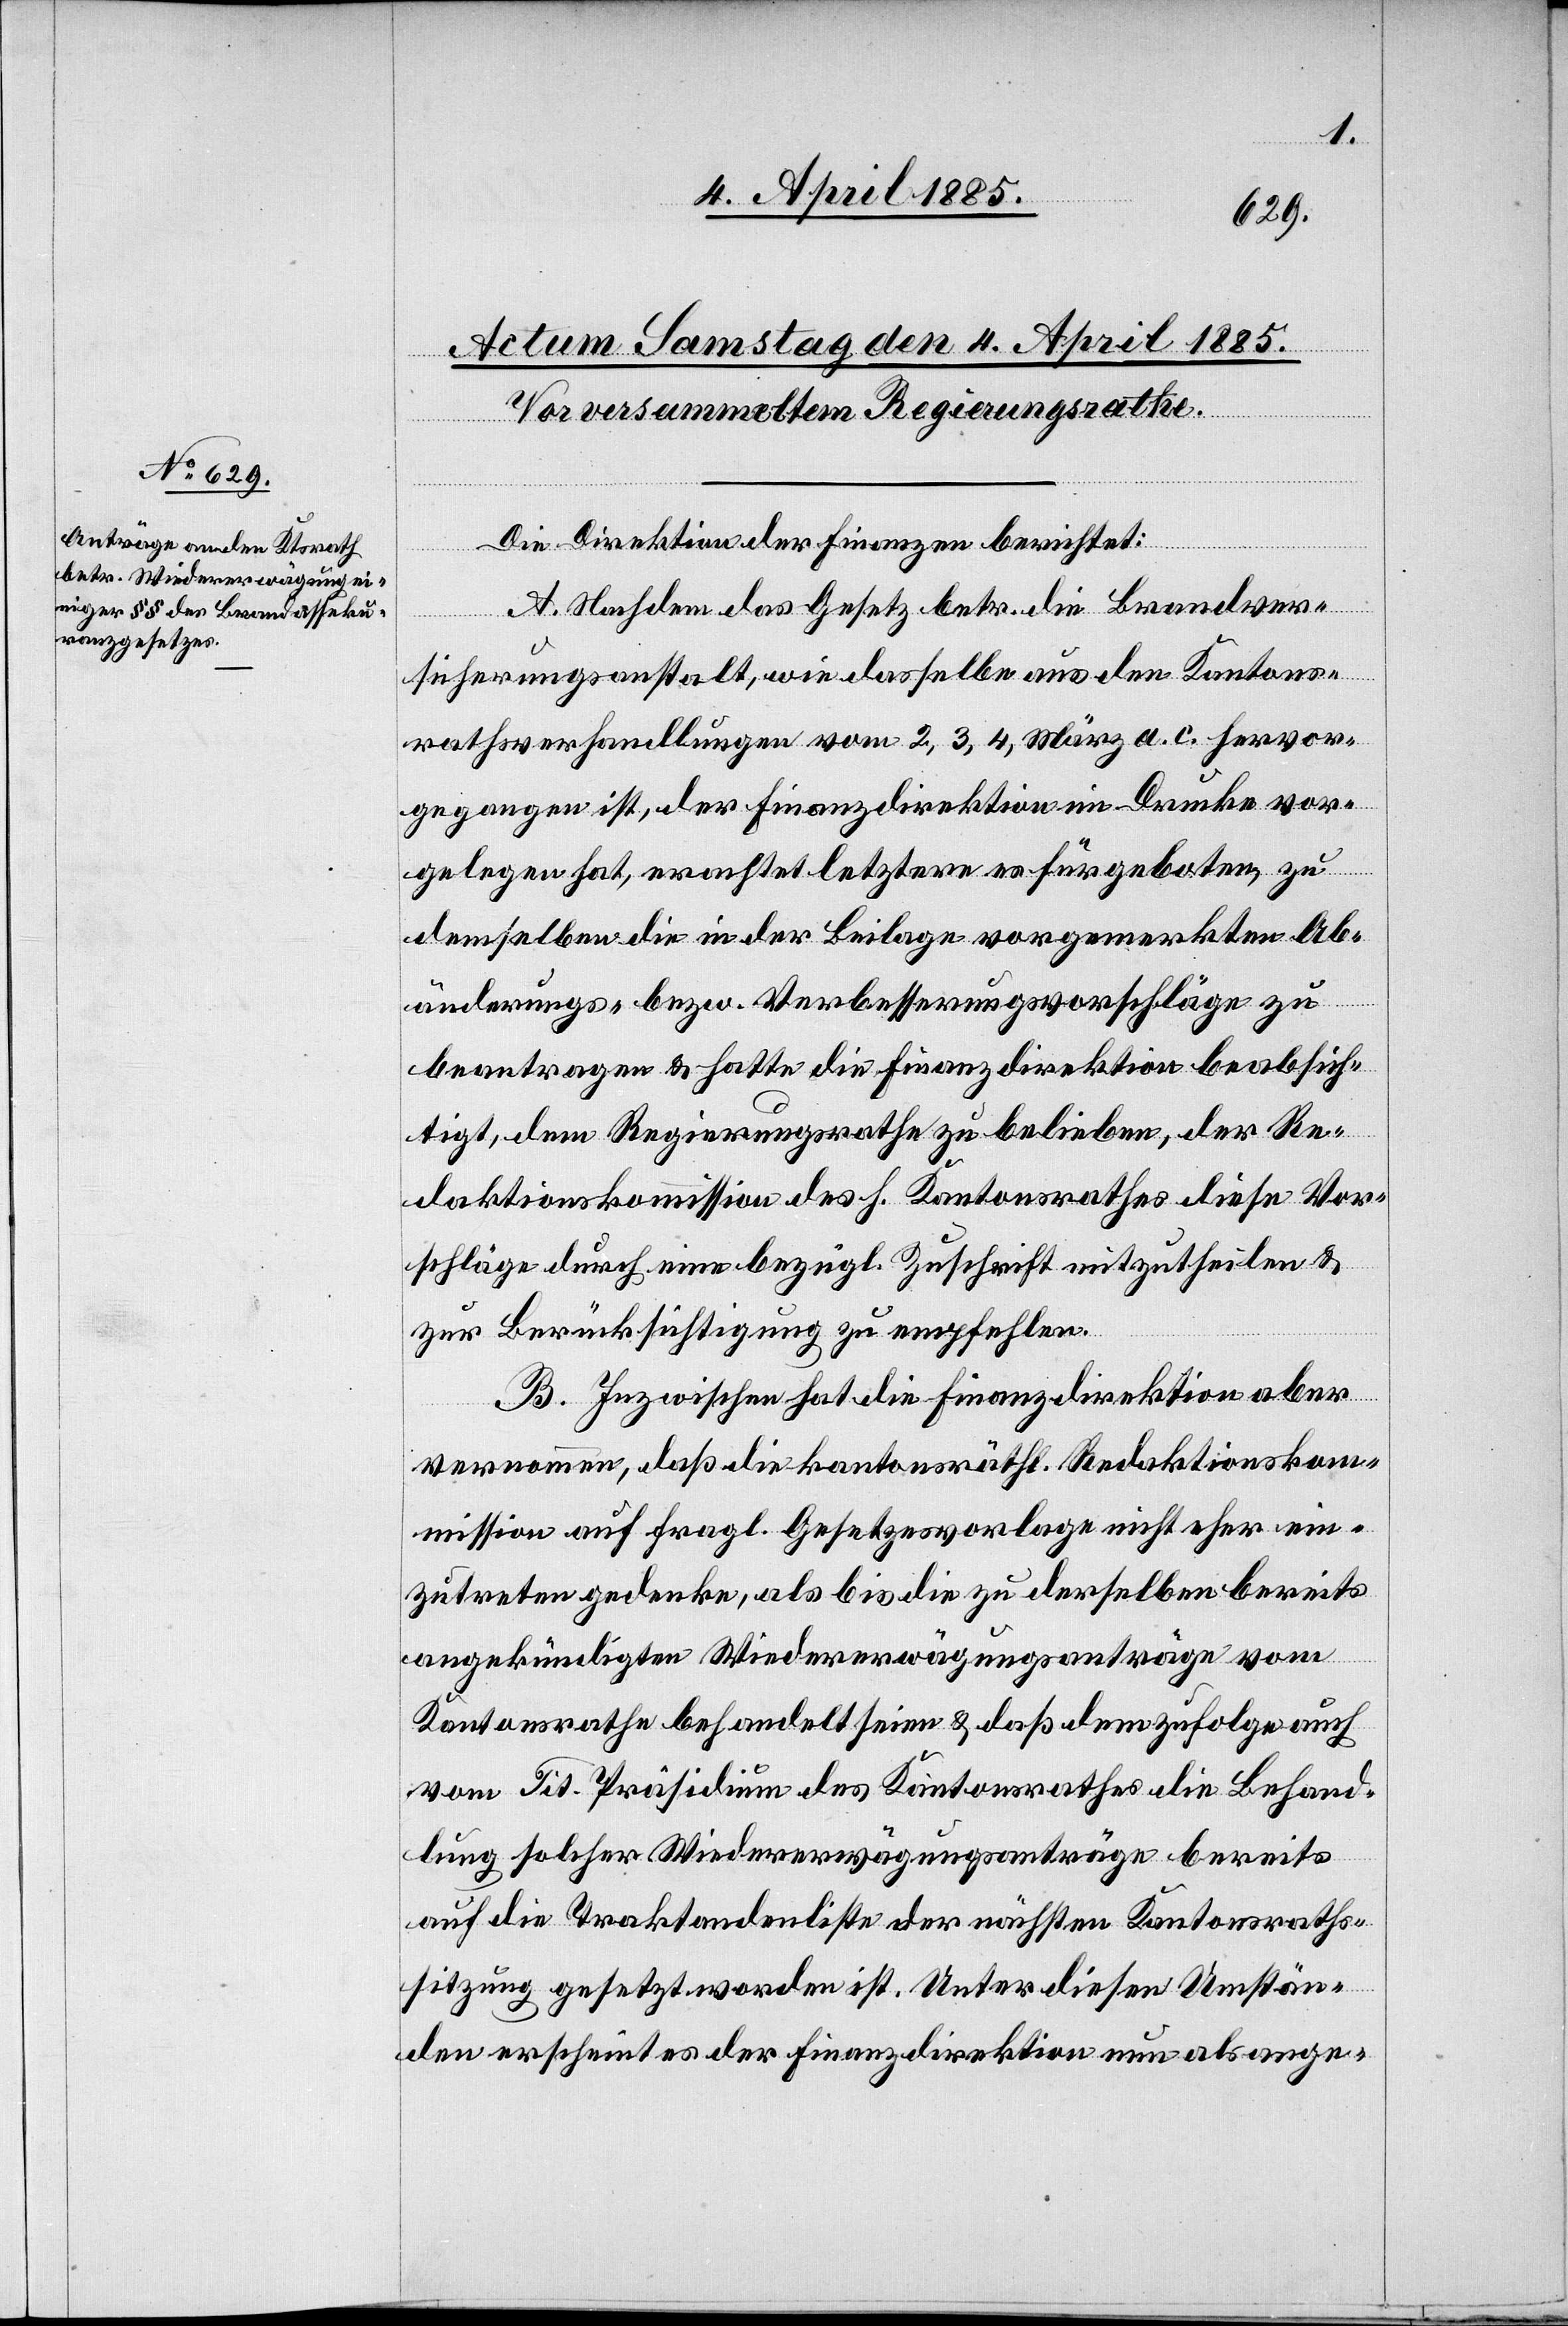
Die Direktion der Finanzen berichtet:
A. Nachdem das Gesetz betr. die Brandver¬
sicherungsanstalt, wie dasselbe aus den Kantons¬
rathsverhandlungen vom 2, 3, 4, März a. c hervor¬
gegangen ist, der Finanzdirektion im Drucke vor¬
gelegen hat, erachtet letztere es für geboten, zu
demselben die in der Beilage vorgemerkten Ab¬
änderungs- bezw. Verbesserungsvorschläge zu
beantragen & hatte die Finanzdirektion beabsich¬
tigt, dem Regierungsrathe zu belieben, der Re¬
daktionskommission des h. Kantonsrathe diese Vor¬
schläge durch eine bezügl. Zuschrift mitzutheilen &
zur Berücksichtigung zu empfehlen.
B. Inzwischen hat die Finanzdirektion aber
vernommen, daß die kantonsräthl. Redaktionskom¬
mission auf fragl. Gesetzesvorlage nicht eher ein¬
zutreten gedenke, als bis die zu derselben bereits
angekündigten Wiedererwägungsanträge vom
Kantonsrathe behandelt seien & daß demzufolge auch
vom Tit. Präsidium des Kantonsrathes die Behand¬
lung solcher Widererwägungsanträge bereits
auf die Traktandenliste der nächsten Kantonsraths¬
sitzung gesetzt worden ist. Unter diesen Umstän¬
den erscheint es der Finanzdirektion nun als ange-